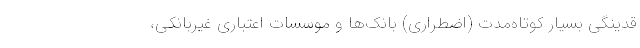
قدینگی بسیار کوتاه‌‌مدت (اضطراری) بانک‌ها و موسسات اعتباری غیربانکی،